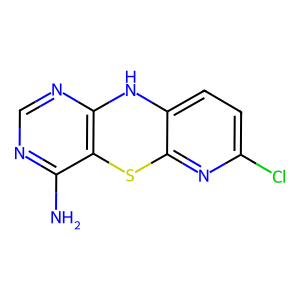
SMILES: Nc1ncnc2c1Sc1nc(Cl)ccc1N2
Inhibits HIV replication: No